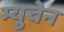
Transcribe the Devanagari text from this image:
म्युचेन